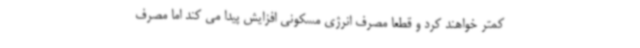
کمتر خواهند کرد و قطعا مصرف انرژی مسکونی افزایش پیدا می کند اما مصرف